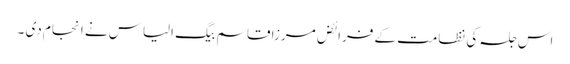
اس جلسہ کی نظامت کے فرائض مرزا قاسم بیگ الیاس نے انجام دی ۔